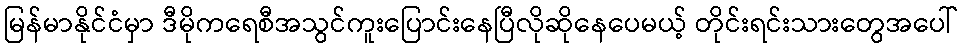
မြန်မာနိုင်ငံမှာ ဒီမိုကရေစီအသွင်ကူးပြောင်းနေပြီလိုဆိုနေပေမယ့် တိုင်းရင်းသားတွေအပေါ်